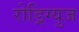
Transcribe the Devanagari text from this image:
रोड्रिग्युज